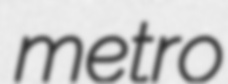
metro